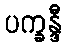
ပက္ခန္ဒီ